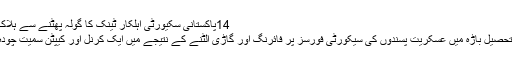
14پاکستانی سکیورٹی اہلکار ٹینک کا گولہ پھٹنے سے ہلاک | حالات حاضرہ | DW | 29.03.2011
پاکستان کے قبائلی علاقے خیبر ایجنسی کی تحصیل باڑہ میں عسکریت پسندوں کی سیکورٹی فورسز پر فائرنگ اور گاڑی الٹنے کے نتیجے میں ایک کرنل اور کیپٹن سمیت چودہ اہلکار جاں بحق جبکہ چھ زخمی ہوئے ہیں۔